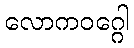
လောကဝဂ္ဂေါ